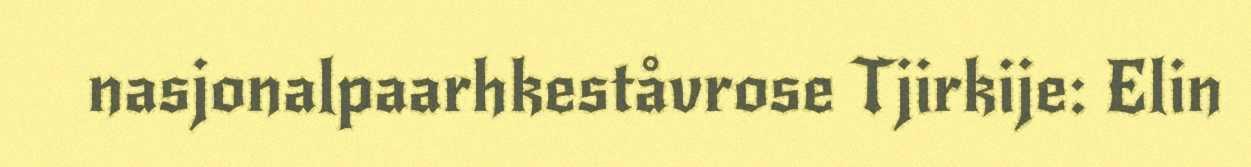
nasjonalpaarhkeståvrose Tjirkije: Elin